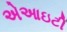
એઆઇટી